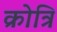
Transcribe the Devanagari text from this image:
क्रोत्रि